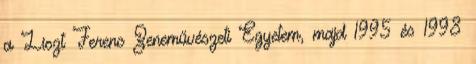
a Liszt Ferenc Zeneművészeti Egyetem, majd 1995 és 1998